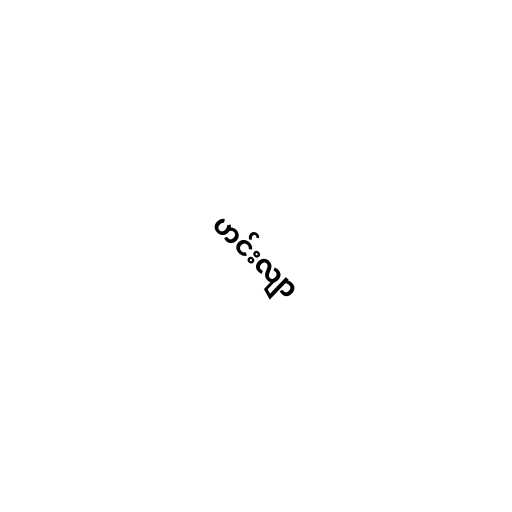
ဟင်းလျာ